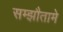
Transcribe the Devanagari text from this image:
सम्झौतामे